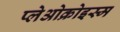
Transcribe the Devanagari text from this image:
प्लेओक्रोइस्म